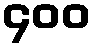
၄၀၀